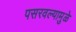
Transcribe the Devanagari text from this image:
पसरवल्यामुळे